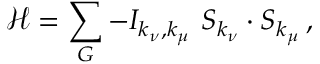
{ \mathcal { H } } = \sum _ { G } - I _ { k _ { \nu } , k _ { \mu } } \, \, S _ { k _ { \nu } } \cdot S _ { k _ { \mu } } \, ,